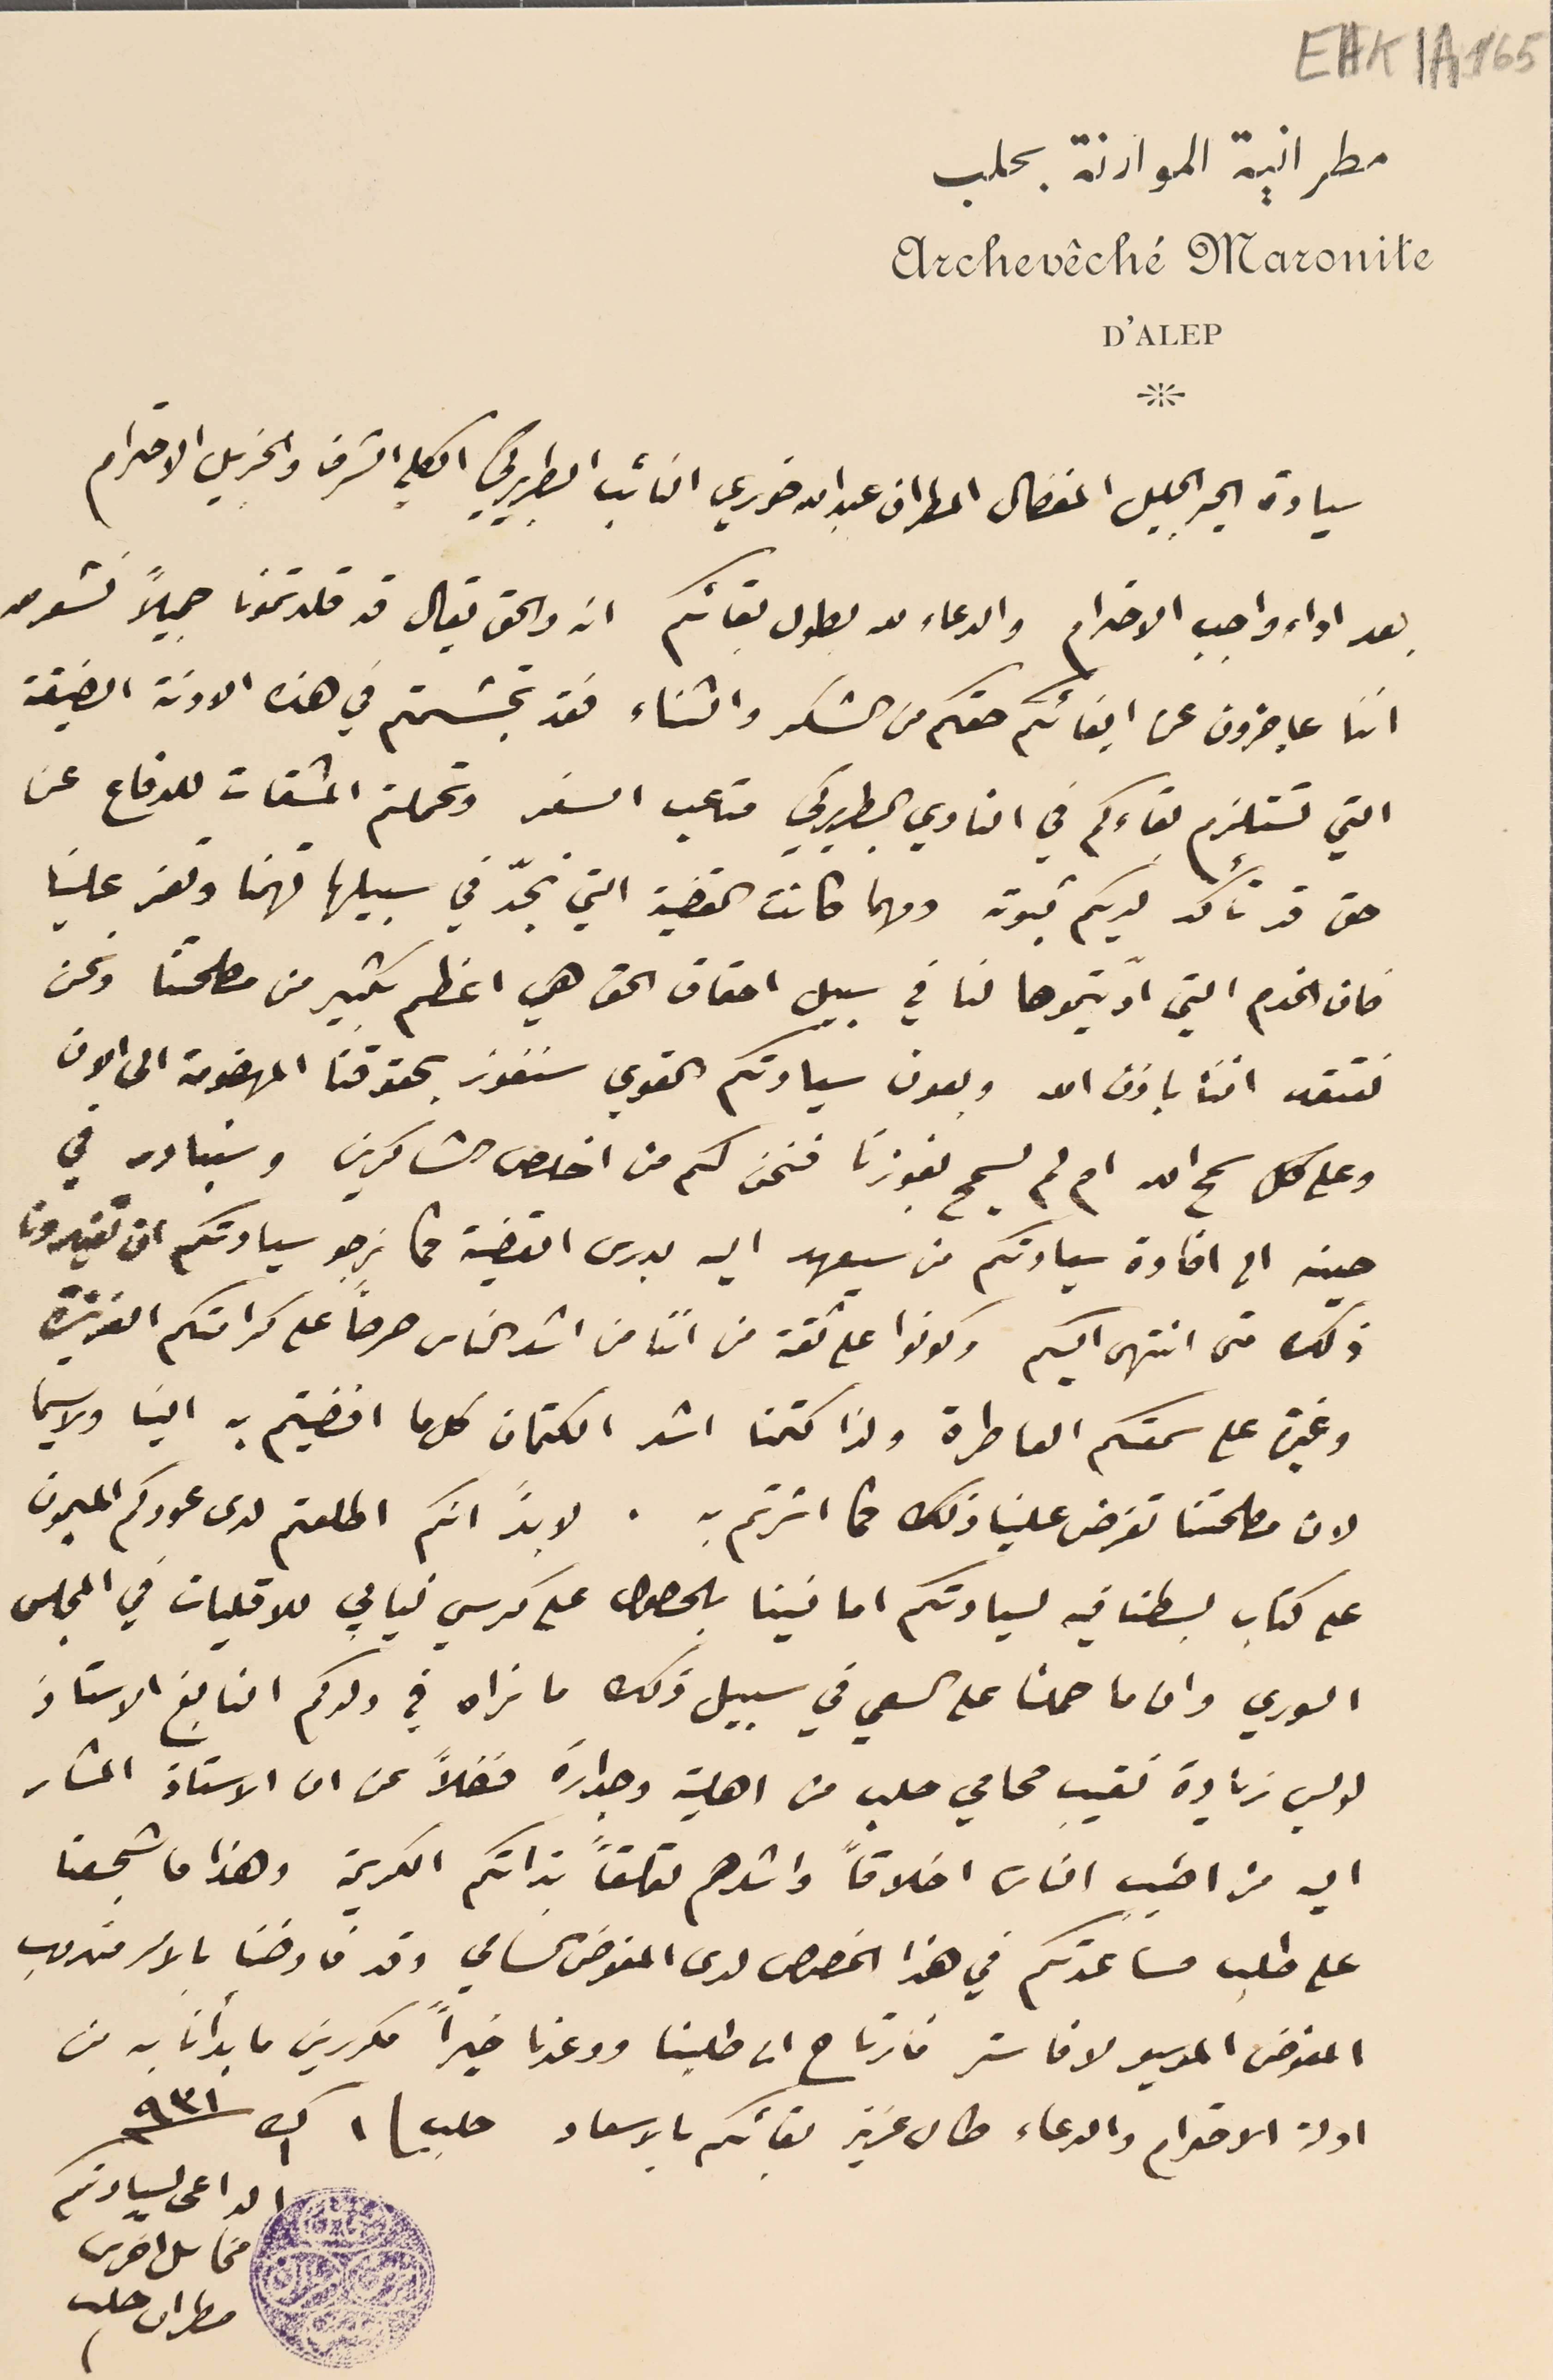
EAK1A 165
 مطرانية الموارنة بحلب
Archevêché Maronite
D'ALEP
سيادة الحبر الجليل المفضال المطران عبدالله خوري النائب البطريركي الكلي الشرف والجزيل الاحترام
بعد اداء واجب الاحترام والدعاء لله بطول بقائكم انه والحق يقال قد قلدتمونا جميلاً نشعر معه
اننا عاجزون عن ايفائكم حقكم من الشكر والثناء فقد تجشمتم في هذه الاونة الضيقة
التي تستلزم بقاءكم في النادي البطريركي متاعب السفر وتحملتم المشقات للدفاع عن
حق قد تأكد لديكم ثبوته ومهما كانت القضية التي نجدّ في سبيلها فهمنا وتعز علينا
فان الخدم التي ادّيتموها لنا في سبيل احقاق الحق هي اعظم بكثير من مصلحتنا ونحن
نعتقد أننا باذن الله وبعون سيادتكم القوي سنفوز بحقوقنا المهضومة الى الان
 وعلى كل سمح الله ام لم يسمح بفوزنا فنحن لكم من اخلص الشاكرين وسنبادر في
حينه الى افادة سيادتكم من سيعهد اليه بدرس القضية مما نرجو سيادتكم ان تغيرون
ذلك متى انتهى اليكم وكونوا على ثقة من اننا من اشد الناس حرصاً على كرامتكم العزيزة
وغيرة على سمعتكم العاطرة ولذا كتمنا اشد الكتمان كل ما افضيتم به الينا ولا سيما
لان مصلحتنا تفرض علينا ذلك كما اشرتم به. لا بدَّ انكم اطلعتم لدى عودكم الميمون
على كتاب بسطنا فيه لسيادتكم امانينا بالحصول على كرسي نيابي للاقليات في المجلس
السوري وان ما حملنا على السعي في سبيل ذلك ما نراه في ولدكم النابغ الاستاذ
لويس زيادة نقيب محامي حلب من اهلية وجدارة فضلاً عن ان الاستاذ المشار
اليه من اطيب الناس اخلاقاً واشدهم تعلقاً بذاتكم الكريمة وهذا ما شجعنا
على طلب مساعدتكم في هذا الخصوص لدى المفوض السامي وقد فاوضنا بالامر مندوب
المفوض الموسيو لافاستر فارتاح الى طلبنا ووعدنا خيراً مكررينَ ما يدأنا به من
ادلة الاحترام والدعاء طال عزيز بقائكم بالاسعاد حلب \ ١ ك١ سنة ٩٣١
مطران حلب
الداعى لسيادتكم
مخاىل اخرس